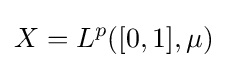
X=L^{p}([0,1],\mu )